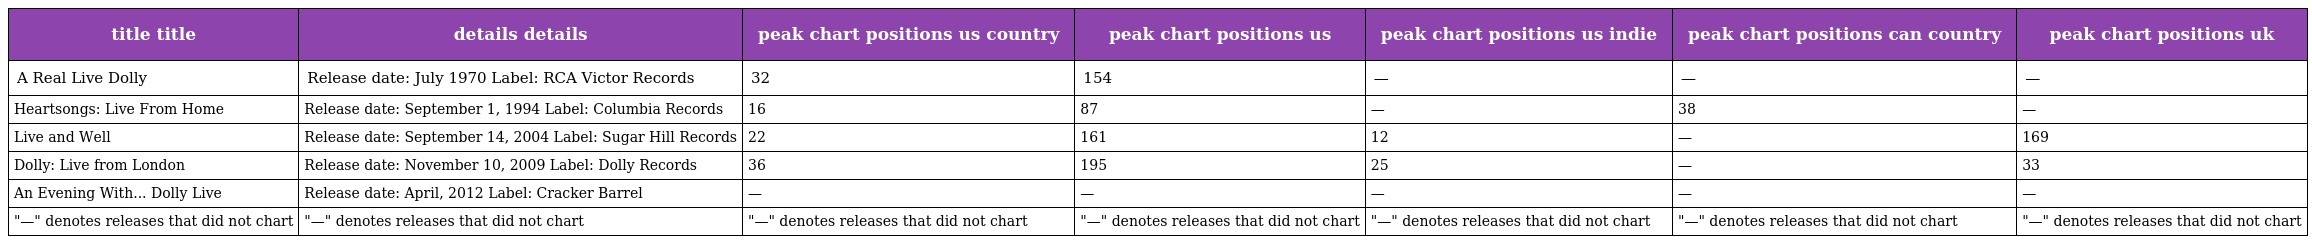
| title title | details details | peak chart positions us country | peak chart positions us | peak chart positions us indie | peak chart positions can country | peak chart positions uk |
 | --- | --- | --- | --- | --- | --- | --- |
 | A Real Live Dolly | Release date: July 1970 Label: RCA Victor Records | 32 | 154 | — | — | — |
 | Heartsongs: Live From Home | Release date: September 1, 1994 Label: Columbia Records | 16 | 87 | — | 38 | — |
 | Live and Well | Release date: September 14, 2004 Label: Sugar Hill Records | 22 | 161 | 12 | — | 169 |
 | Dolly: Live from London | Release date: November 10, 2009 Label: Dolly Records | 36 | 195 | 25 | — | 33 |
 | An Evening With... Dolly Live | Release date: April, 2012 Label: Cracker Barrel | — | — | — | — | — |
 | "—" denotes releases that did not chart | "—" denotes releases that did not chart | "—" denotes releases that did not chart | "—" denotes releases that did not chart | "—" denotes releases that did not chart | "—" denotes releases that did not chart | "—" denotes releases that did not chart |